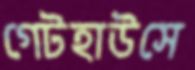
গেটহাউসে